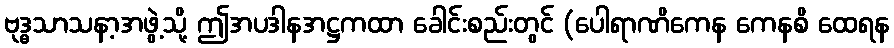
ဗုဒ္ဓသာသနာ့အဖွဲ့သို့ ဤအပဒါနအဋ္ဌကထာ ခေါင်းစည်းတွင် (ပေါရာဏိကေန ကေနစိ ထေရန